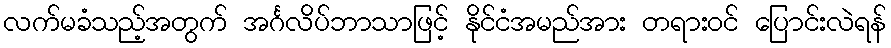
လက်မခံသည့်အတွက် အင်္ဂလိပ်ဘာသာဖြင့် နိုင်ငံအမည်အား တရားဝင် ပြောင်းလဲရန်